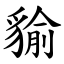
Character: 貐